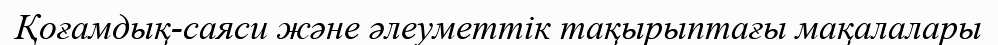
Қоғамдық-саяси және әлеуметтік тақырыптағы мақалалары